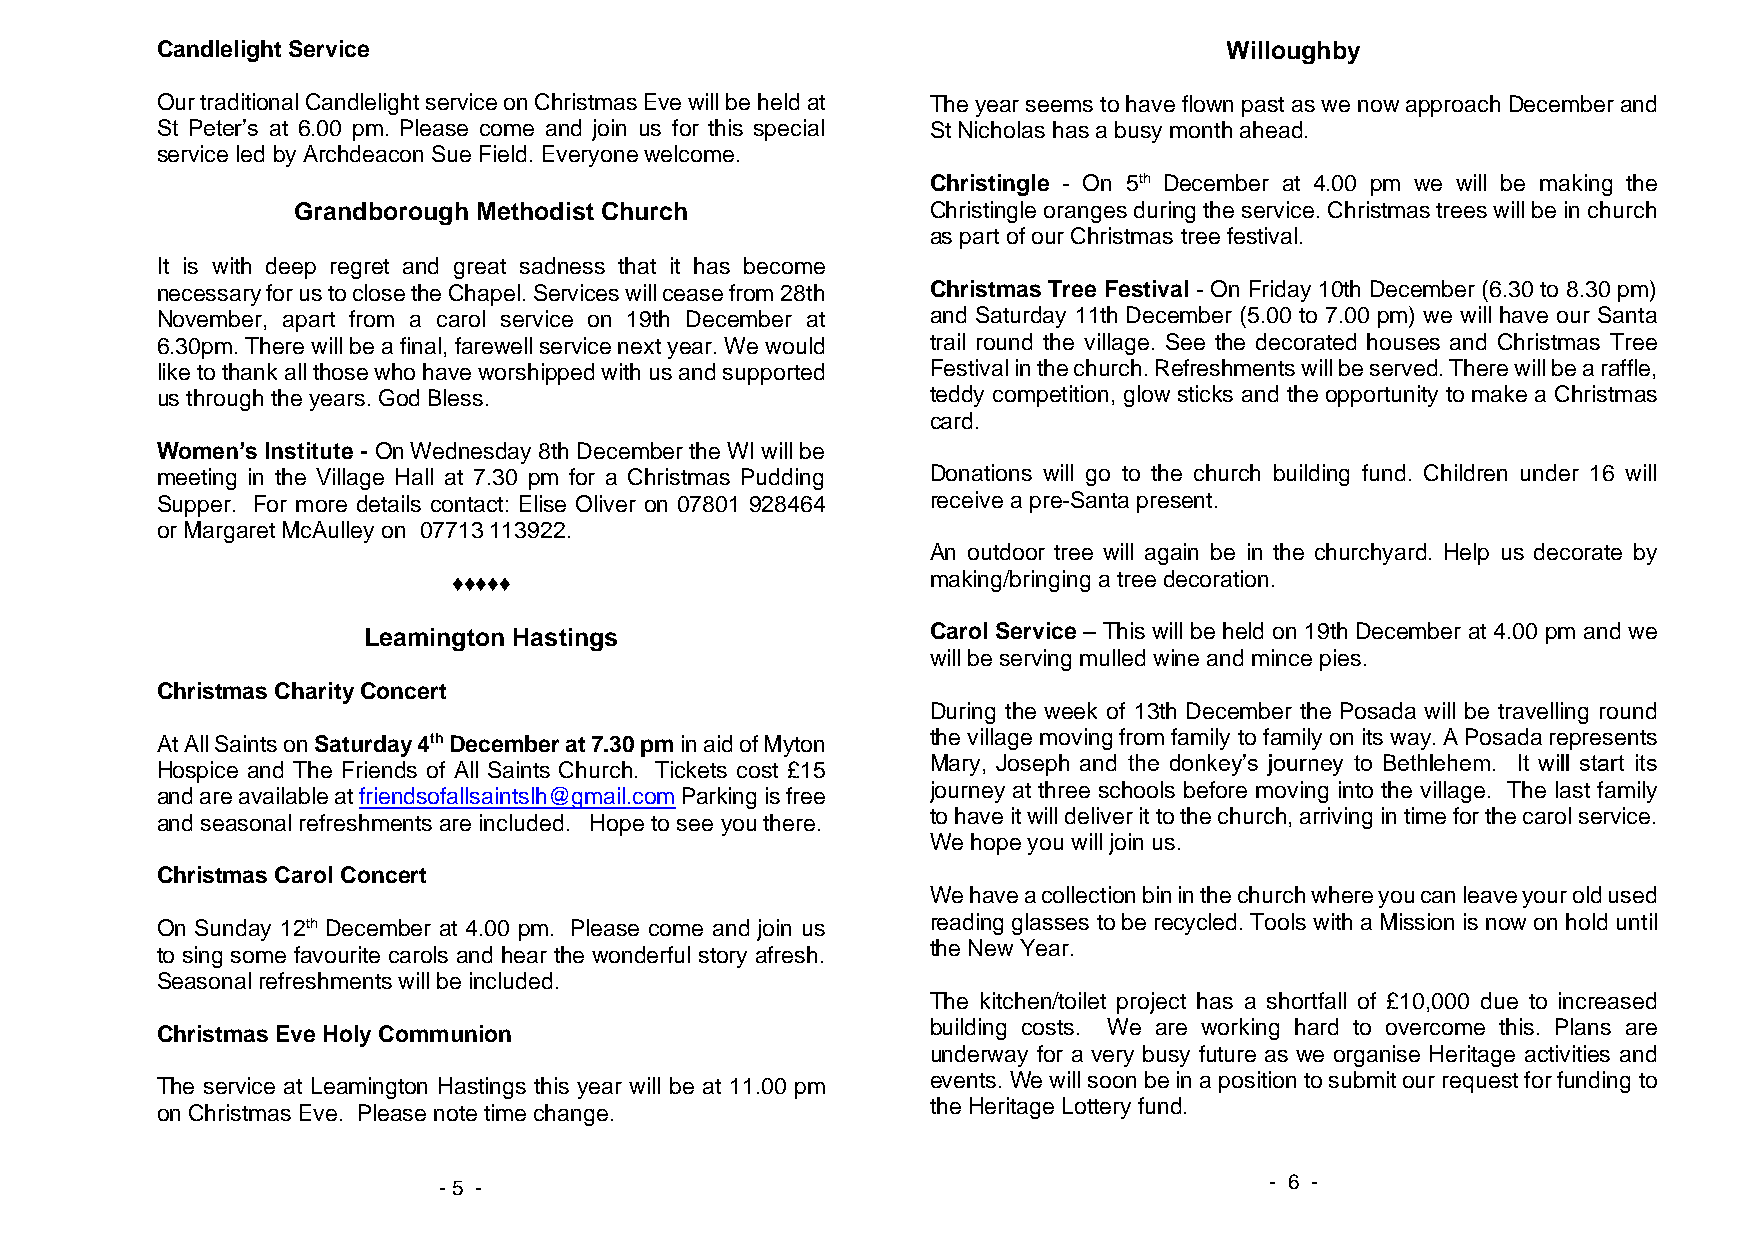
Candlelight Service                                                    Willoughby
 Our traditional Candlelight service on Christmas Eve will be held at The year seems to have flown past as we now approach December and
 St Peter’s at 6.00 pm. Please come and join us for this special St Nicholas has a busy month ahead.
 service led by Archdeacon Sue Field. Everyone welcome.
 Christingle - On 5th December at 4.00 pm we will be making the
 Grandborough Methodist Church              Christingle oranges during the service. Christmas trees will be in church
 as part of our Christmas tree festival.
 It is with deep regret and great sadness that it has become
 necessary for us to close the Chapel. Services will cease from 28th Christmas Tree Festival - On Friday 10th December (6.30 to 8.30 pm)
 November, apart from a carol service on 19th December at and Saturday 11th December (5.00 to 7.00 pm) we will have our Santa
 6.30pm. There will be a final, farewell service next year. We would trail round the village. See the decorated houses and Christmas Tree
 like to thank all those who have worshipped with us and supported Festival in the church. Refreshments will be served. There will be a raffle,
 us through the years. God Bless.                    teddy competition, glow sticks and the opportunity to make a Christmas
 card.
 Women’s Institute - On Wednesday 8th December the WI will be
 meeting in the Village Hall at 7.30 pm for a Christmas Pudding Donations will go to the church building fund. Children under 16 will
 Supper. For more details contact: Elise Oliver on 07801 928464 receive a pre-Santa present.
 or Margaret McAulley on 07713 113922.
 An outdoor tree will again be in the churchyard. Help us decorate by
 ♦♦♦♦♦                           making/bringing a tree decoration.
 Leamington Hastings                   Carol Service – This will be held on 19th December at 4.00 pm and we
 will be serving mulled wine and mince pies.
 Christmas Charity Concert
 During the week of 13th December the Posada will be travelling round
 At All Saints on Saturday 4th December at 7.30 pm in aid of Myton the village moving from family to family on its way. A Posada represents
 Mary, Joseph and the donkey’s journey to Bethlehem. It will start its
 Hospice and The Friends of All Saints Church. Tickets cost £15
 and are available at friendsofallsaintslh@gmail.com Parking is free journey at three schools before moving into the village. The last family
 to have it will deliver it to the church, arriving in time for the carol service.
 and seasonal refreshments are included. Hope to see you there.
 We hope you will join us.
 Christmas Carol Concert
 We have a collection bin in the church where you can leave your old used
 On Sunday 12th December at 4.00 pm. Please come and join us reading glasses to be recycled. Tools with a Mission is now on hold until
 the New Year.
 to sing some favourite carols and hear the wonderful story afresh.
 Seasonal refreshments will be included.
 The kitchen/toilet project has a shortfall of £10,000 due to increased
 building costs. We are working hard to overcome this. Plans are
 Christmas Eve Holy Communion
 underway for a very busy future as we organise Heritage activities and
 events. We will soon be in a position to submit our request for funding to
 The service at Leamington Hastings this year will be at 11.00 pm
 on Christmas Eve. Please note time change.          the Heritage Lottery fund.
 - 6 -
 - 5 -